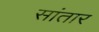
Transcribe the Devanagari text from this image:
सांतार